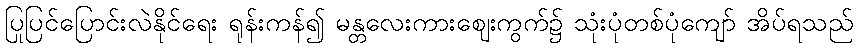
ပြုပြင်ပြောင်းလဲနိုင်ရေး ရုန်းကန်၍ မန္တလေးကားဈေးကွက်၌ သုံးပုံတစ်ပုံကျော် အိပ်ရသည်